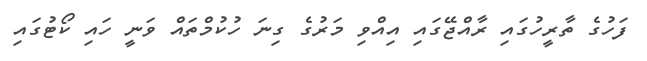
ފަހުގެ ތާރީހުގައި ރާއްޖޭގައި އިއްވި މަރުގެ ގިނަ ހުކުމްތައް ވަނީ ހައި ކޯޓުގައި